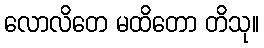
လောလိတေ မထိတော တိသု။